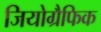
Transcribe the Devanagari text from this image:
जियोग्रैफिक